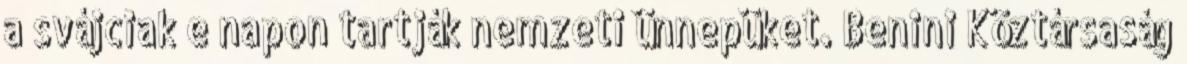
a svájciak e napon tartják nemzeti ünnepüket. Benini Köztársaság